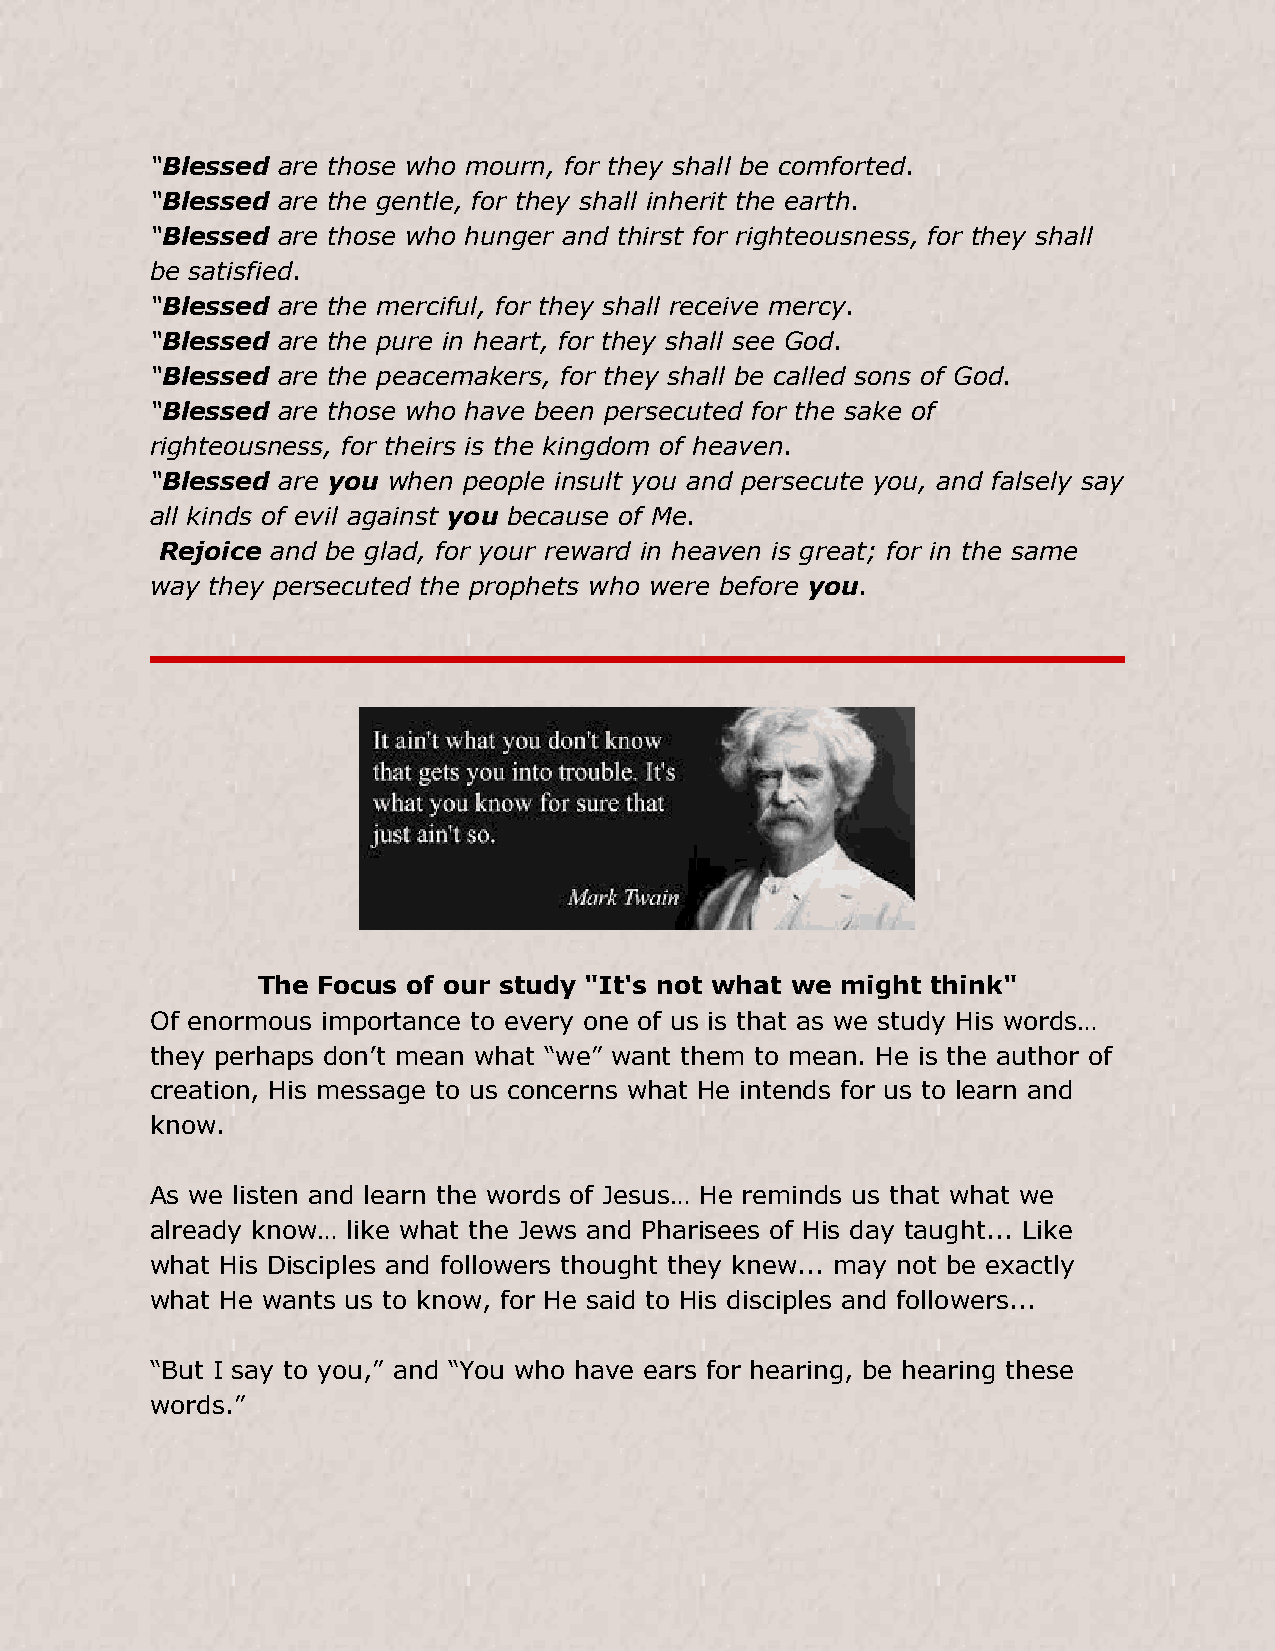
“Blessed are those who mourn, for they shall be comforted.
 “Blessed are the gentle, for they shall inherit the earth.
 “Blessed are those who hunger and thirst for righteousness, for they shall
 be satisfied.
 “Blessed are the merciful, for they shall receive mercy.
 “Blessed are the pure in heart, for they shall see God.
 “Blessed are the peacemakers, for they shall be called sons of God.
 “Blessed are those who have been persecuted for the sake of
 righteousness, for theirs is the kingdom of heaven.
 “Blessed are you when people insult you and persecute you, and falsely say
 all kinds of evil against you because of Me.
 Rejoice and be glad, for your reward in heaven is great; for in the same
 way they persecuted the prophets who were before you.
 The Focus of our study "It's not what we might think"
 Of enormous importance to every one of us is that as we study His words…
 they perhaps don’t mean what “we” want them to mean. He is the author of
 creation, His message to us concerns what He intends for us to learn and
 know.
 As we listen and learn the words of Jesus… He reminds us that what we
 already know… like what the Jews and Pharisees of His day taught... Like
 what His Disciples and followers thought they knew... may not be exactly
 what He wants us to know, for He said to His disciples and followers...
 “But I say to you,” and “You who have ears for hearing, be hearing these
 words.”